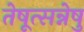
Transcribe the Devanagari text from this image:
तेषूत्सन्नेषु